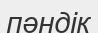
пәндік